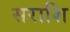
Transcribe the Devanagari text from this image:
सराशि